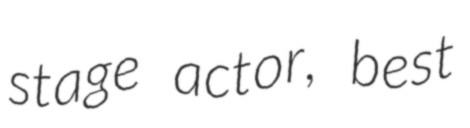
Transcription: stage actor, best